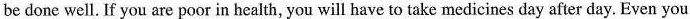
be done well. If you are poor in health, you will have to take medicines day after day. Even you